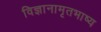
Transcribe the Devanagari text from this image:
विज्ञानामृतभाष्य